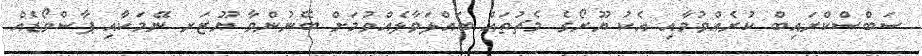
ސަބްސްކްރައިބް ކުރެއްވުމާއި އެކު ޔޫރޯގެ މެޗުތައް ބައްލަވާލެއްވުމަށް ބޭނުންވާ ޔޫޒަރ ނޭމަކާއި ޕާސްވޯޑެއް